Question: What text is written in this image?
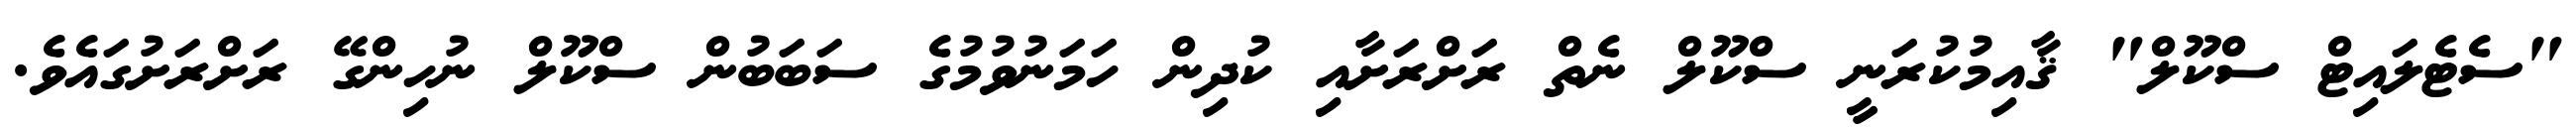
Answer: "ސެޓެލައިޓް ސްކޫލް" ޤާއިމުކުރަނީ ސްކޫލް ނެތް ރަށްރަށާއި ކުދިން ހަމަނުވުމުގެ ސަބަބުން ސްކޫލް ނުހިންގޭ ރަށްރަށުގައެވެ.